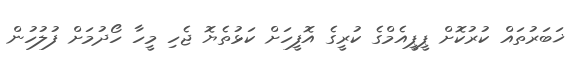
ޚަބަރުތައް ކުރުކޮށް ޕީޕީއެމްގެ ކުރީގެ އޮފީހަށް ކަޅުތެޔޮ ޖެހި މީހާ ހޯދުމަށް ފުލުހުން